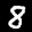
Label: 8